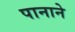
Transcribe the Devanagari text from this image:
पानाने